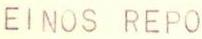
EINOS REPO